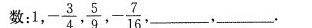
数：1，- \frac{3}{4}， \frac{5}{9}，- \frac{7}{16}，___，___.